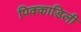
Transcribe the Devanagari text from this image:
पिक्काडिली